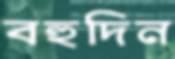
বহুদিন